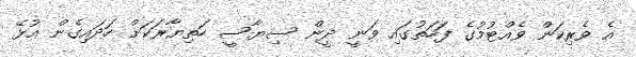
އެ ވެރިކަން ވެއްޓުމުގެ ފަހަތުގައި ވަނީ ދީން ސިޔާސީ ހަތިޔާރަކަށް ހަދައިގެން އުޅޭ